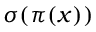
\sigma ( \pi ( x ) )